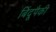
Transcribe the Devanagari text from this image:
बिंदूपैकी